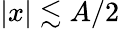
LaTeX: |x|\lesssim A/2